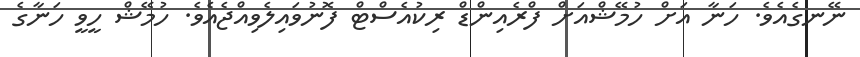
ނޭނގެއެވެ. ހަނާ އަށް ހުމޭޝްއަށް ފްރެއިންޑް ރިކުއެސްޓް ފޮނުވައިލެވިއްޖެއެވެ. ހުމޭޝް ހީވީ ހަނާގެ